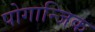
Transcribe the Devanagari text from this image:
पोगान्जिक